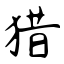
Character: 猎